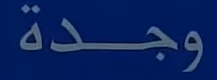
وجدة